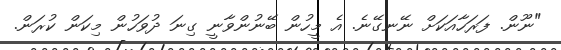
"ނޫން. ފަރަހާއަކަށް ނޭނގޭނެ. އެ މީހުން ބޭނުންވާނީ ގިނަ ދުވަހުން މިކަން ކުރަން.